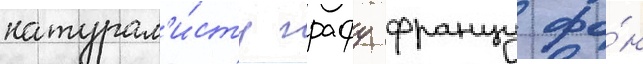
натурал'и́сту графу францу фо́н